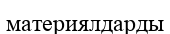
материялдарды